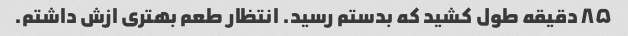
۸۵ دقیقه طول کشید که بدستم رسید. انتظار طعم بهتری ازش داشتم.